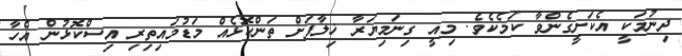
ދިނުމަކީ އެކަށީގެންވާ ކަމެކެވެ. މިއީ ގިނަމިޔަރާ ޚިލާފަށް ތަންކޮޅެއް މަޑުމައިތިރި އިސްކޮޅުން އެހާ